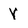
Character: V